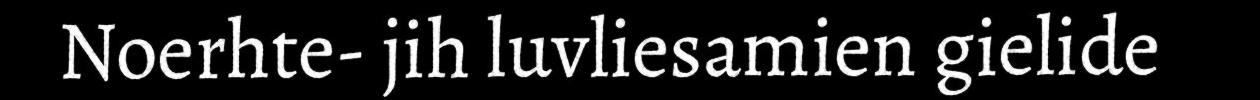
Noerhte- jih luvliesamien gielide